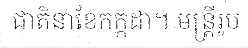
ជាតិនាខែកក្កដា។ មន្ត្រីរូប